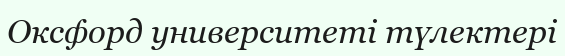
Оксфорд университеті түлектері